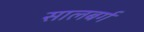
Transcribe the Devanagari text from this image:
सालबर्ग